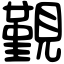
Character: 覲